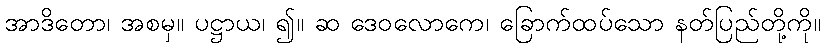
အာဒိတော၊ အစမှ။ ပဋ္ဌာယ၊ ၍။ ဆ ဒေဝလောကေ၊ ခြောက်ထပ်သော နတ်ပြည်တို့ကို။